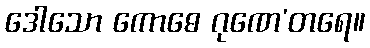
ဒေါသော ကောဓေ ဂုဏေ’တရေ။